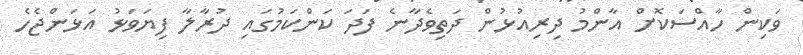
ވަކިން ހާއްސަކޮށް އާންމު ދިރިއުޅުން ދަތިވެދާނެ ފަދަ ކަންކަމުގައި ދުރާލާ ފިޔަވަޅު އަޅަންޖެހެ